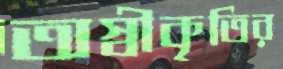
অস্বীকৃতির